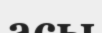
асы